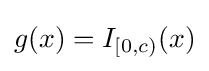
g(x)=I_{[0,c)}(x)